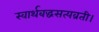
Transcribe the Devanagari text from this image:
स्वार्थबद्धसत्यव्रती।